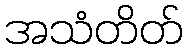
အသံတိတ်